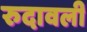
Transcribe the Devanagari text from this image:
रुदावली